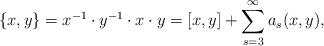
LaTeX: \begin{align*} \{x, y\}= x^{-1}\cdot y^{-1}\cdot x\cdot y=[x,y]+\sum^{\infty}_{s=3}a_s(x,y), \end{align*}